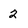
Character: 2